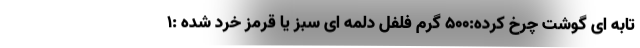
تابه ای گوشت چرخ کرده:500 گرم فلفل دلمه ای سبز یا قرمز خرد شده :1